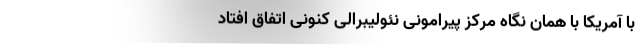
با آمریکا با همان نگاه مرکز پیرامونی نئولیبرالی کنونی اتفاق افتاد